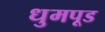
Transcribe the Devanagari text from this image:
धुमपूड